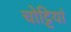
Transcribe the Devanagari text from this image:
चोट्टियां